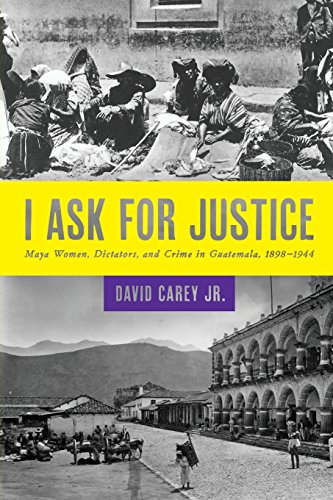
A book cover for I Ask for Justice: Maya Women, Dictators, and Crime in Guatemala, 1898-1944 (Louann Atkins Temple Women & Culture); David, Jr. Carey; History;